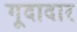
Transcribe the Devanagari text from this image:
गूदादार